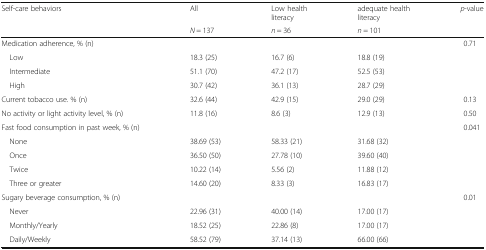
| <ROWSPAN=2> Self-care behaviors | All | Low health literacy | adequate health literacy | <ROWSPAN=2> p-value |
 | N = 137 | n = 36 | n = 101 |
 | --- | --- | --- | --- | --- |
 | Medication adherence, % (n) |  |  |  | 0.71 |
 | Low | 18.3 (25) | 16.7 (6) | 18.8 (19) |  |
 | Intermediate | 51.1 (70) | 47.2 (17) | 52.5 (53) |  |
 | High | 30.7 (42) | 36.1 (13) | 28.7 (29) |  |
 | Current tobacco use. % (n) | 32.6 (44) | 42.9 (15) | 29.0 (29) | 0.13 |
 | No activity or light activity level, % (n) | 11.8 (16) | 8.6 (3) | 12.9 (13) | 0.50 |
 | Fast food consumption in past week, % (n) |  |  |  | 0.041 |
 | None | 38.69 (53) | 58.33 (21) | 31.68 (32) |  |
 | Once | 36.50 (50) | 27.78 (10) | 39.60 (40) |  |
 | Twice | 10.22 (14) | 5.56 (2) | 11.88 (12) |  |
 | Three or greater | 14.60 (20) | 8.33 (3) | 16.83 (17) |  |
 | Sugary beverage consumption, % (n) |  |  |  | 0.01 |
 | Never | 22.96 (31) | 40.00 (14) | 17.00 (17) |  |
 | Monthly/Yearly | 18.52 (25) | 22.86 (8) | 17.00 (17) |  |
 | Daily/Weekly | 58.52 (79) | 37.14 (13) | 66.00 (66) |  |